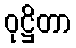
ဝုဋ္ဌိတာ